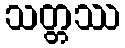
သတ္တဿ